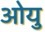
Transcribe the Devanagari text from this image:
ओयु